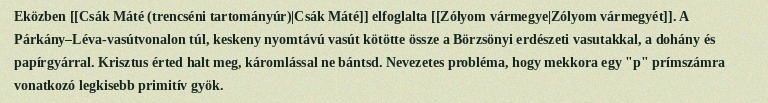
Eközben [[Csák Máté (trencséni tartományúr)|Csák Máté]] elfoglalta [[Zólyom vármegye|Zólyom vármegyét]]. A Párkány–Léva-vasútvonalon túl, keskeny nyomtávú vasút kötötte össze a Börzsönyi erdészeti vasutakkal, a dohány és papírgyárral. Krisztus érted halt meg, káromlással ne bántsd. Nevezetes probléma, hogy mekkora egy "p" prímszámra vonatkozó legkisebb primitív gyök.